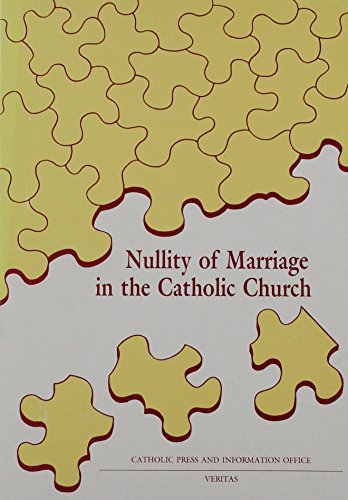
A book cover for Nullity of Marriage in the Catholic Church; Catholic Press and Information Office; Christian Books & Bibles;